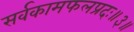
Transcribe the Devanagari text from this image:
सर्वकामफलप्रदः॥३॥